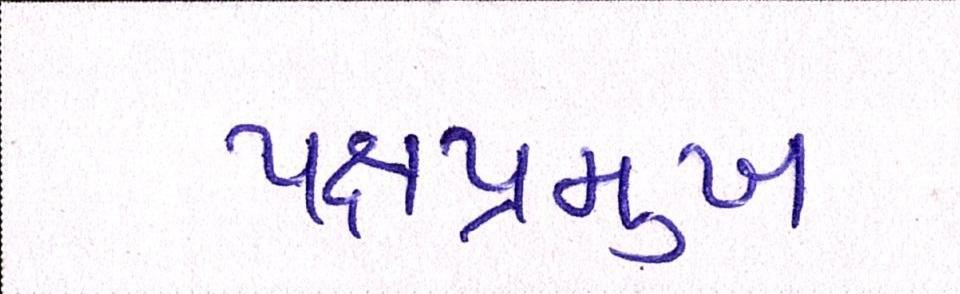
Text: પક્ષપ્રમુખ